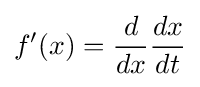
f'(x)={d \over dx}{dx \over dt}